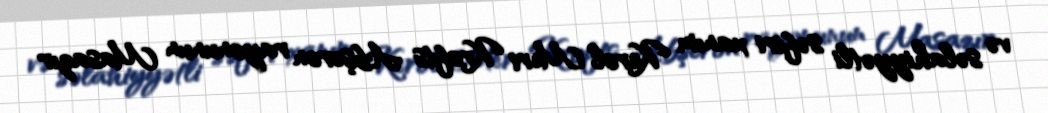
və səlahiyyətli səfiri xanım Kerol Meri Krofts Abşeron rayonunun Masazır